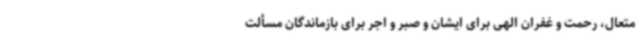
متعال، رحمت و غفران الهی برای ایشان و صبر و اجر برای بازماندگان مسألت